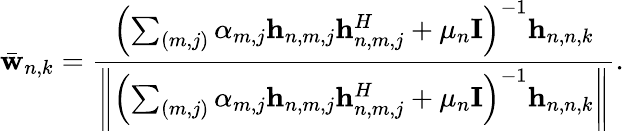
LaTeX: \bar{\mathbf{w}}_{n,k}=\frac{\left(\sum_{(m,j)}\alpha_{m,j}\mathbf{h}_{n,m,j}\mathbf{h}_{n,m,j}^{H}+\mu_{n}\mathbf{I}\right)^{-1}\mathbf{h}_{n,n,k}}{\left\| \left(\sum_{(m,j)}\alpha_{m,j}\mathbf{h}_{n,m,j}\mathbf{h}_{n,m,j}^{H}+\mu_{n}\mathbf{I}\right)^{-1}\mathbf{h}_{n,n,k}\right\| }.